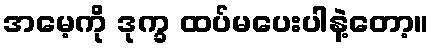
အမေ့ကို ဒုက္ခ ထပ်မပေးပါနဲ့တော့။